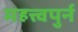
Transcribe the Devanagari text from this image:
महत्त्वपुर्न